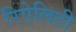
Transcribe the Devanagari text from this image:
रिऐलिटी